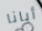
أبانا